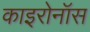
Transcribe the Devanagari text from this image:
काइरोनॉस